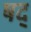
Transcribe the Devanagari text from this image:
षद्